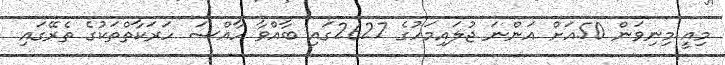
މިއީ މިނިވަން 50އަށް އަންނަ ޖުލައިމަހުގެ 2627ގައި ބާއްވާ ހާއްސަ ހަރަކާތްތަކުގެ ތެރޭގައި